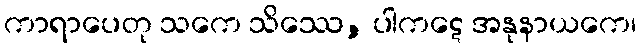
ကာရာပေတု သကေ သိဿေ, ပါကဋေ အနုနာယကေ၊